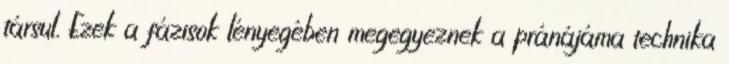
társul. Ezek a fázisok lényegében megegyeznek a pránájáma technika